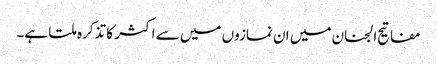
مفاتیح الجنان میں ان نمازوں میں سے اکثر کا تذکرہ ملتا ہے۔